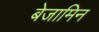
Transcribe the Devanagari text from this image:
बेजामिन